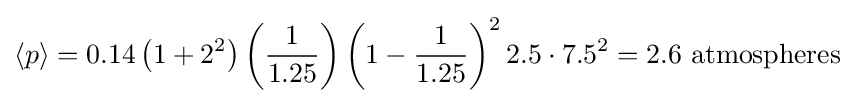
{\langle p\rangle }=0.14\left(1+2^{2}\right)\left({\frac {1}{1.25}}\right)\left(1-{\frac {1}{1.25}}\right)^{2}2.5\cdot 7.5^{2}=2.6{\text{ atmospheres}}